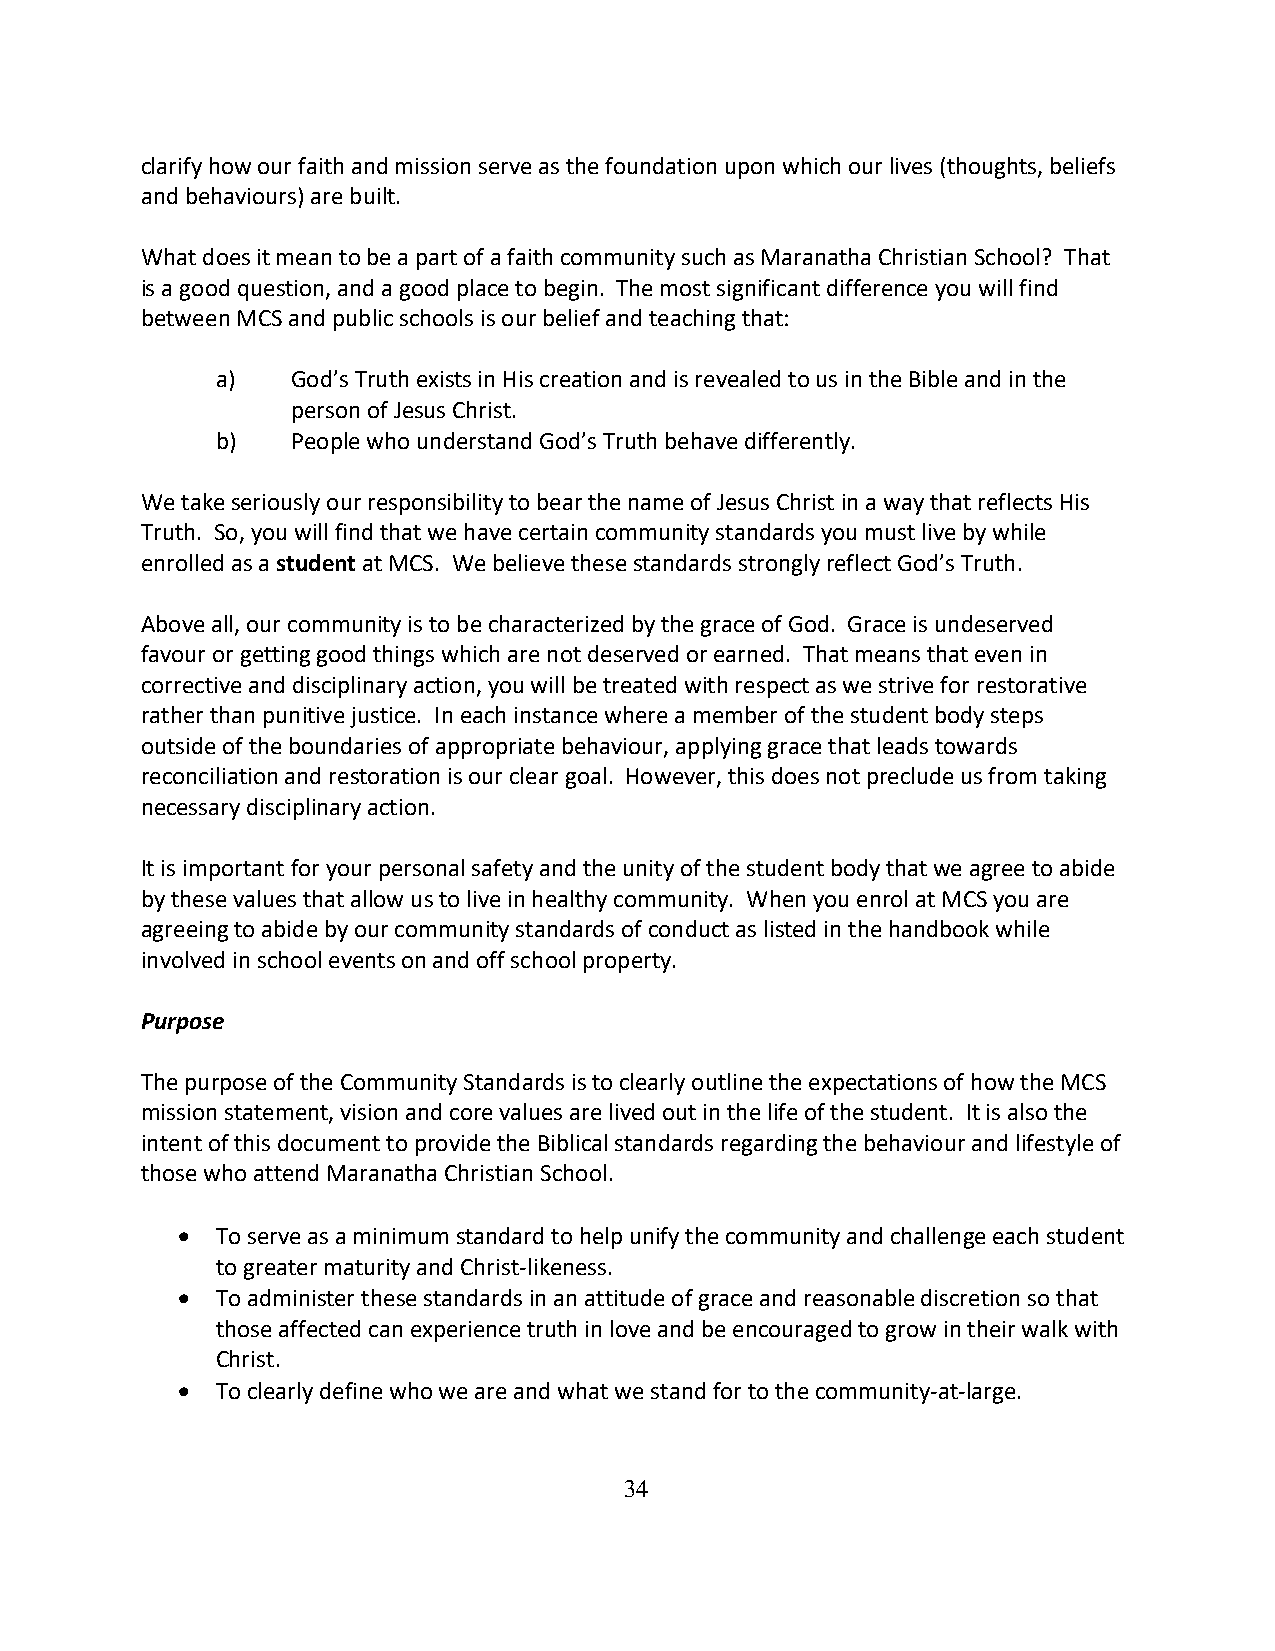
clarify how our faith and mission serve as the foundation upon which our lives (thoughts, beliefs
 and behaviours) are built.
 What does it mean to be a part of a faith community such as Maranatha Christian School? That
 is a good question, and a good place to begin. The most significant difference you will find
 between MCS and public schools is our belief and teaching that:
 a)   God’s Truth exists in His creation and is revealed to us in the Bible and in the
 person of Jesus Christ.
 b)   People who understand God’s Truth behave differently.
 We take seriously our responsibility to bear the name of Jesus Christ in a way that reflects His
 Truth. So, you will find that we have certain community standards you must live by while
 enrolled as a student at MCS. We believe these standards strongly reflect God’s Truth.
 Above all, our community is to be characterized by the grace of God. Grace is undeserved
 favour or getting good things which are not deserved or earned. That means that even in
 corrective and disciplinary action, you will be treated with respect as we strive for restorative
 rather than punitive justice. In each instance where a member of the student body steps
 outside of the boundaries of appropriate behaviour, applying grace that leads towards
 reconciliation and restoration is our clear goal. However, this does not preclude us from taking
 necessary disciplinary action.
 It is important for your personal safety and the unity of the student body that we agree to abide
 by these values that allow us to live in healthy community. When you enrol at MCS you are
 agreeing to abide by our community standards of conduct as listed in the handbook while
 involved in school events on and off school property.
 Purpose
 The purpose of the Community Standards is to clearly outline the expectations of how the MCS
 mission statement, vision and core values are lived out in the life of the student. It is also the
 intent of this document to provide the Biblical standards regarding the behaviour and lifestyle of
 those who attend Maranatha Christian School.
 • To serve as a minimum standard to help unify the community and challenge each student
 to greater maturity and Christ-likeness.
 • To administer these standards in an attitude of grace and reasonable discretion so that
 those affected can experience truth in love and be encouraged to grow in their walk with
 Christ.
 • To clearly define who we are and what we stand for to the community-at-large.
 34